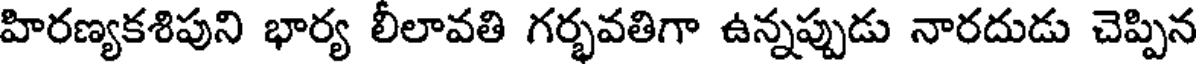
హిరణ్యకశిపుని భార్య లీలావతి గర్భవతిగా ఉన్నప్పుడు నారదుడు చెప్పిన